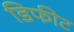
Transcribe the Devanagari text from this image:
डिफीट